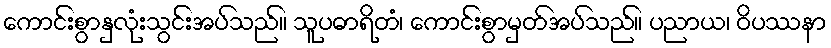
ကောင်းစွာနှလုံးသွင်းအပ်သည်။ သူပဓာရိတံ၊ ကောင်းစွာမှတ်အပ်သည်။ ပညာယ၊ ဝိပဿနာ